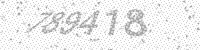
Solution: 789418